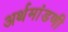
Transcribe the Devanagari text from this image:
अर्थमांडणी